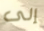
إلى